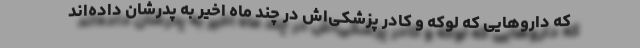
که داروهایی که لوکه و کادر پزشکی‌اش در چند ماه اخیر به پدرشان داده‌اند